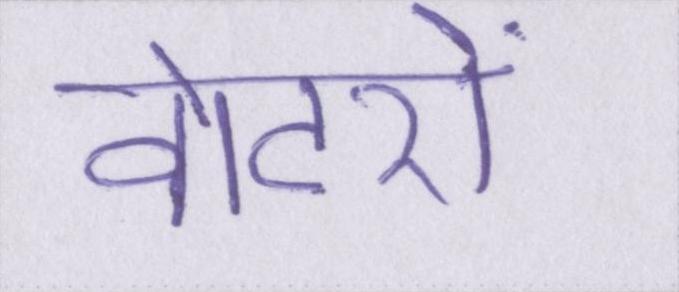
वोटरों